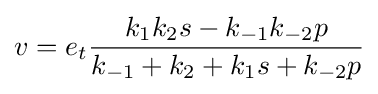
v=e_{t}{\frac {k_{1}k_{2}s-k_{-1}k_{-2}p}{k_{-1}+k_{2}+k_{1}s+k_{-2}p}}